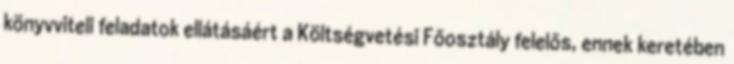
könyvviteli feladatok ellátásáért a Költségvetési Főosztály felelős, ennek keretében